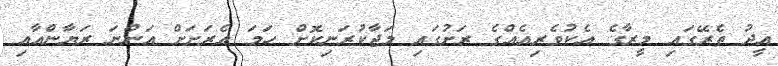
އީދު ތެރޭގައި މީރާގެ އެކުވެރިއެއްގެ ރަށުގައި މަޖާކުރަނިކޮށް ހަމަ އެރަށަށް އަންނަ ރަޔާންއާއި